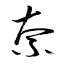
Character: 奈